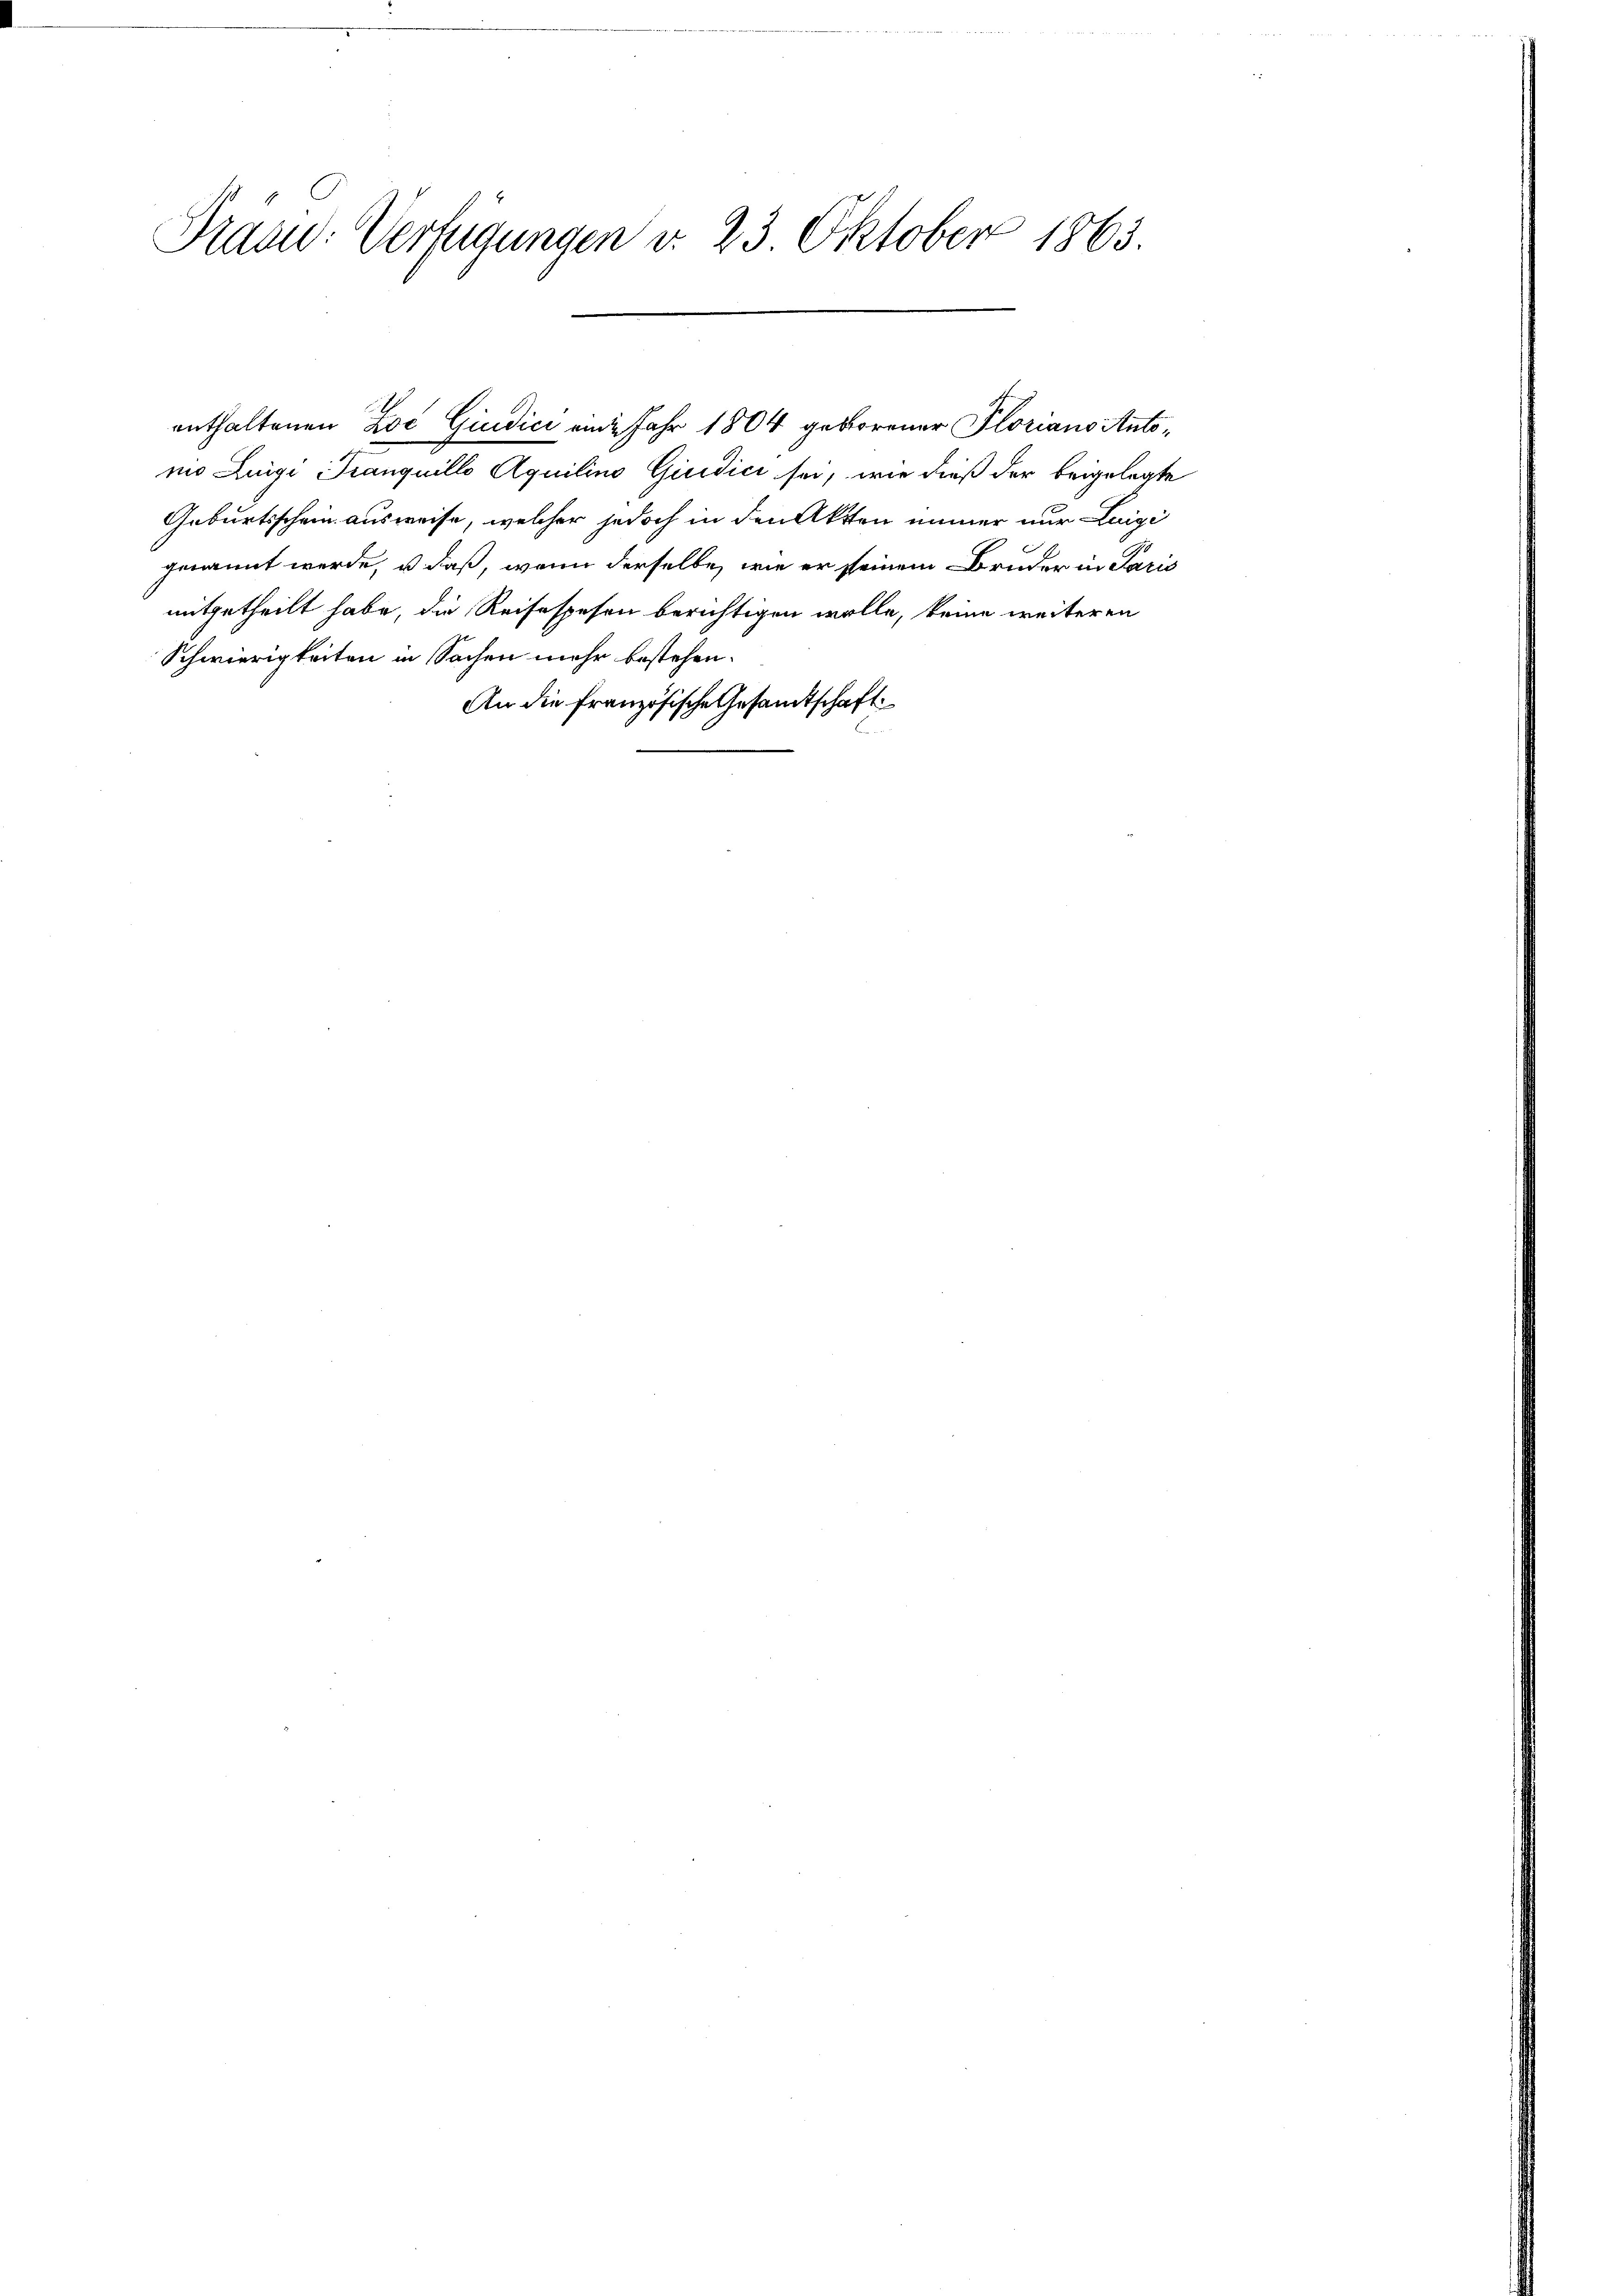
Präsid. Verfügungen d. 23 Oktober 1863.

nio Luigi Tranquillo Aquilino Giudici sei, wie dieß der beigelegte
Geburtsschein ausweise, welcher jedoch in den Akten immer nur Luigi
genannt werde, u. daß, wenn derselbe, wie er seinem Bruder in Paris
mitgetheilt habe, die Reisespesen berichtigen wolle, keine weiteren
Schwierigkeiten in Sachen mehr bestehen.
An die französische Gesandtschaft

enthaltenen Zoć Giudici eine Jahr 1804 geborener Ploriano Anto¬